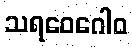
သရဝေဂေါဝ